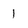
Character: 1